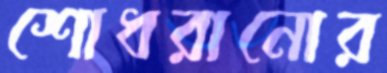
শোধরানোর